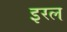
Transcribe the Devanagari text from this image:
इरल